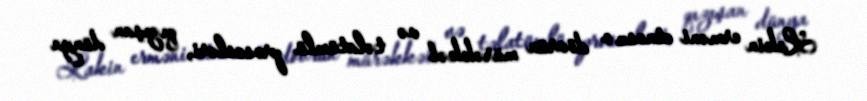
Lakin erməni etnosu o dövrün mürəkkəb və təlatümlü prosesləri, qızışan dünya